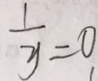
\frac { 1 } { y } = 0 ,